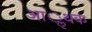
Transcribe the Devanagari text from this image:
आॢथक